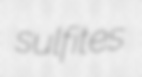
sulfites